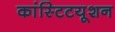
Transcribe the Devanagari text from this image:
कांस्टिटयूशन